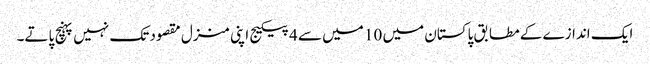
ایک اندازے کے مطابق پاکستان میں 10 میں سے 4 پیکیج اپنی منزل مقصود تک نہیں پہنچ پاتے۔